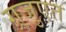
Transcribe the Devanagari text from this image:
ग़्रजुएत